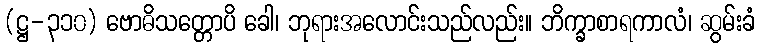
(ဋ္ဌ-၃၁၀) ဗောဓိသတ္တောပိ ခေါ၊ ဘုရားအလောင်းသည်လည်း။ ဘိက္ခာစာရကာလံ၊ ဆွမ်းခံ